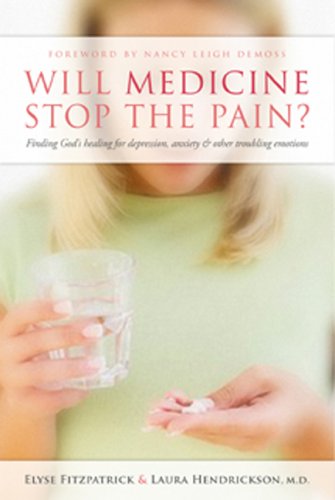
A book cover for Will Medicine Stop the Pain?: Finding God's Healing for Depression, Anxiety, and Other Troubling Emotions; Dr. Laura Hendrickson; Religion & Spirituality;